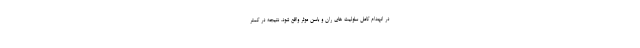
در انهدام کامل سلولیت های ران و باسن موثر واقع شود. نتیجه در کمتر